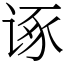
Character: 诼